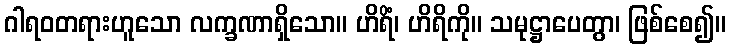
ဂါရဝတရားဟူသော လက္ခဏာရှိသော။ ဟိရိံ၊ ဟိရိကို။ သမုဋ္ဌာပေတွာ၊ ဖြစ်စေ၍။